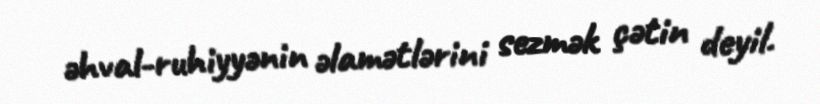
əhval-ruhiyyənin əlamətlərini sezmək çətin deyil.